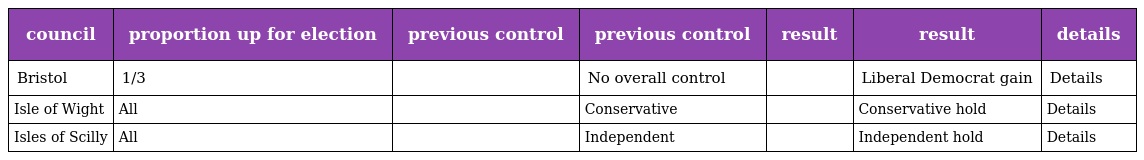
| council | proportion up for election | previous control | previous control | result | result | details |
 | --- | --- | --- | --- | --- | --- | --- |
 | Bristol | 1/3 |  | No overall control |  | Liberal Democrat gain | Details |
 | Isle of Wight | All |  | Conservative |  | Conservative hold | Details |
 | Isles of Scilly | All |  | Independent |  | Independent hold | Details |